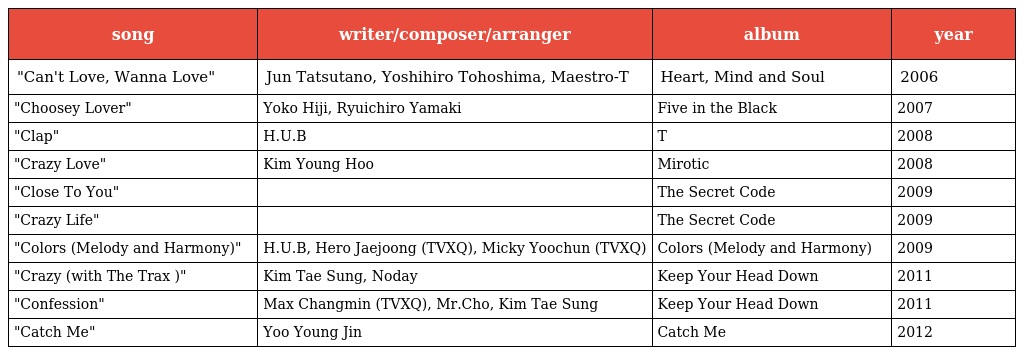
| song | writer/composer/arranger | album | year |
 | --- | --- | --- | --- |
 | "Can't Love, Wanna Love" | Jun Tatsutano, Yoshihiro Tohoshima, Maestro-T | Heart, Mind and Soul | 2006 |
 | "Choosey Lover" | Yoko Hiji, Ryuichiro Yamaki | Five in the Black | 2007 |
 | "Clap" | H.U.B | T | 2008 |
 | "Crazy Love" | Kim Young Hoo | Mirotic | 2008 |
 | "Close To You" |  | The Secret Code | 2009 |
 | "Crazy Life" |  | The Secret Code | 2009 |
 | "Colors (Melody and Harmony)" | H.U.B, Hero Jaejoong (TVXQ), Micky Yoochun (TVXQ) | Colors (Melody and Harmony) | 2009 |
 | "Crazy (with The Trax )" | Kim Tae Sung, Noday | Keep Your Head Down | 2011 |
 | "Confession" | Max Changmin (TVXQ), Mr.Cho, Kim Tae Sung | Keep Your Head Down | 2011 |
 | "Catch Me" | Yoo Young Jin | Catch Me | 2012 |